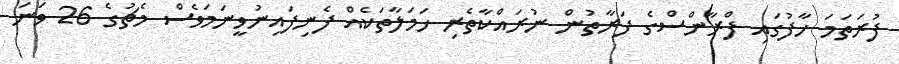
ފުރަތަމަ ހާފުގައި ފްރާންސްގެ ފަރާތުން ނުރައްކާތެރި ހަމަލާތަކެއް ފެނިފައިނުވީނަމަވެސް މެޗުގެ 26 ވަނަ